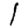
Digit: 1